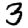
Digit: 3